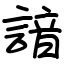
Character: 諳